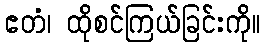
ဧတံ၊ ထိုစင်ကြယ်ခြင်းကို။